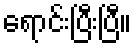
ရောင်းပြီးပြီ။